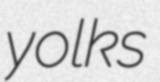
yolks